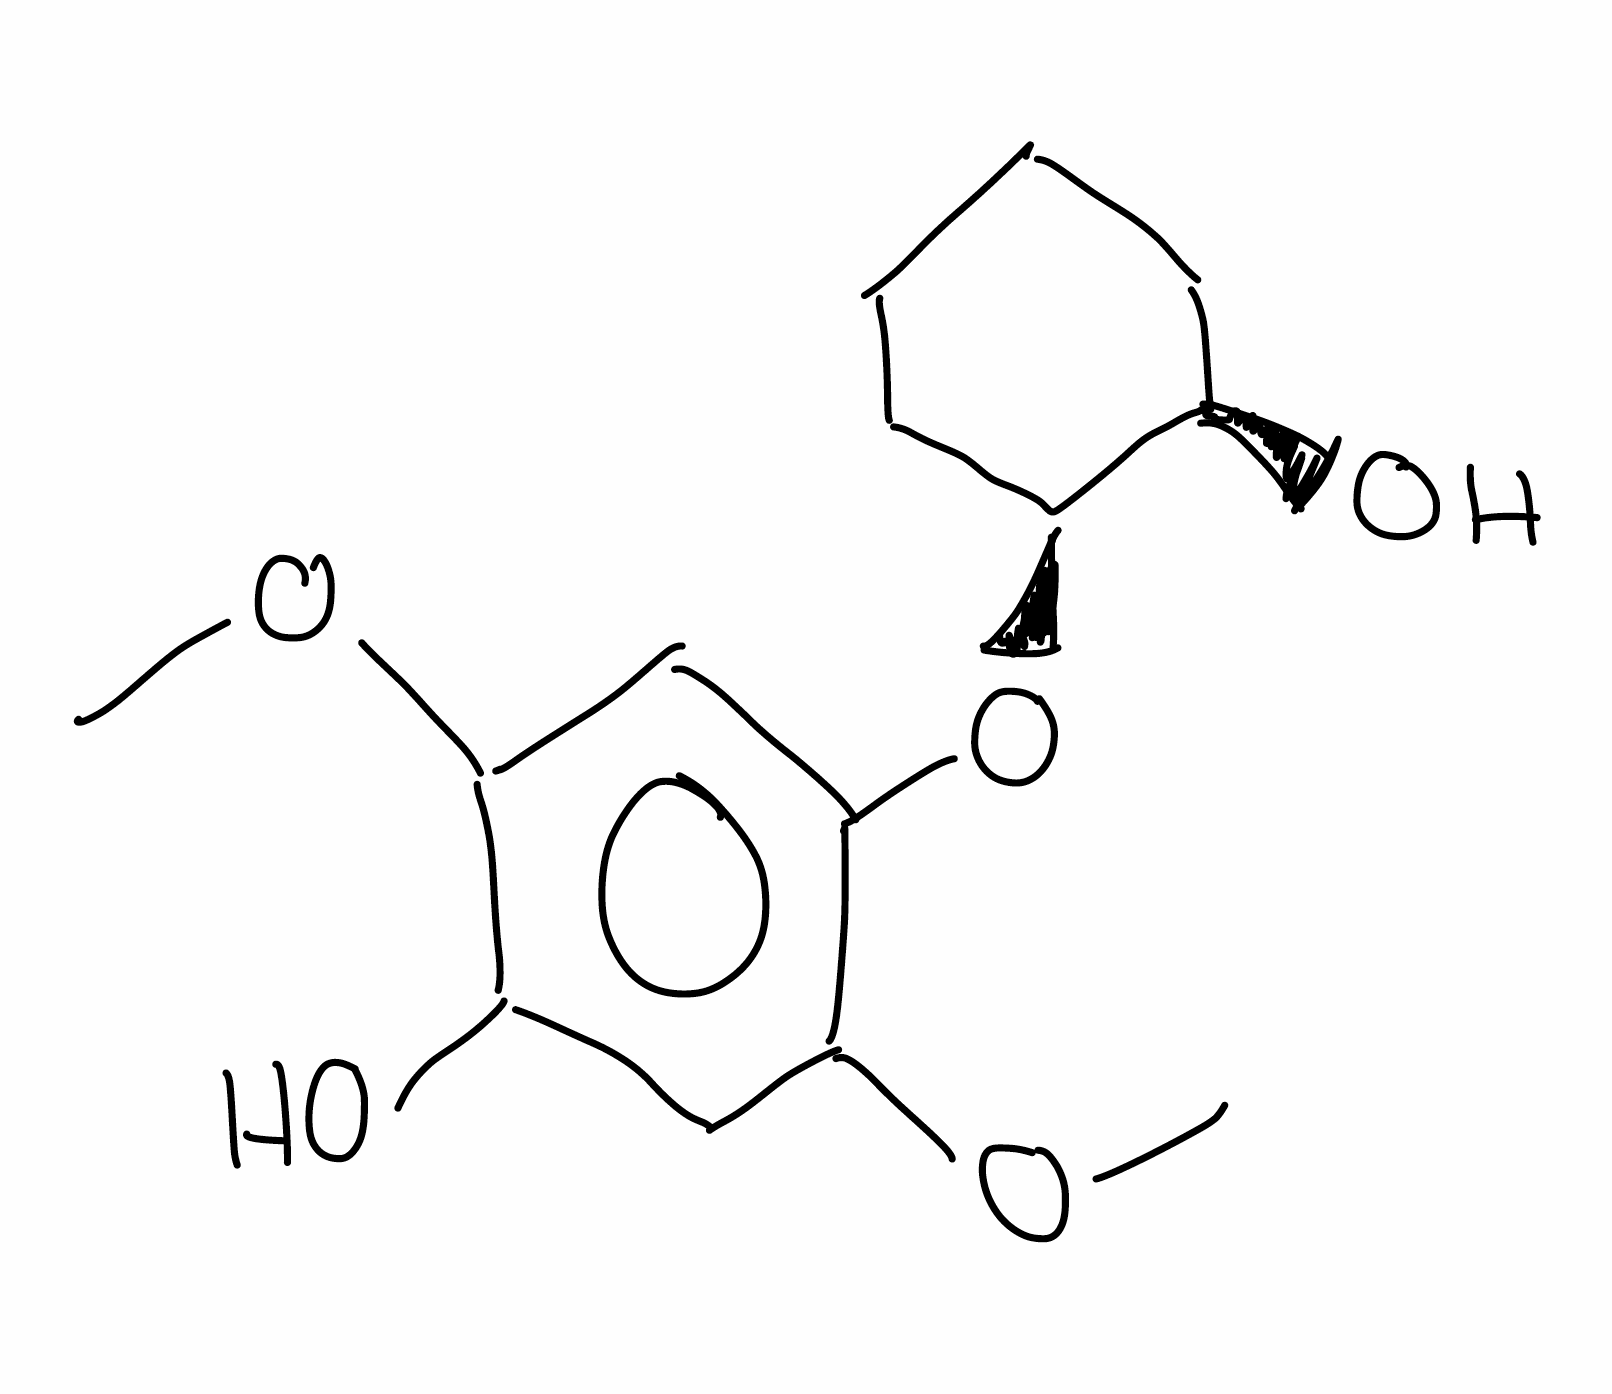
Simplified molecular-input line-entry system (SMILES) notation of the given molecule:
COC1=CC(=C(C=C1O)OC)O[C@H]2CCCC[C@H]2O